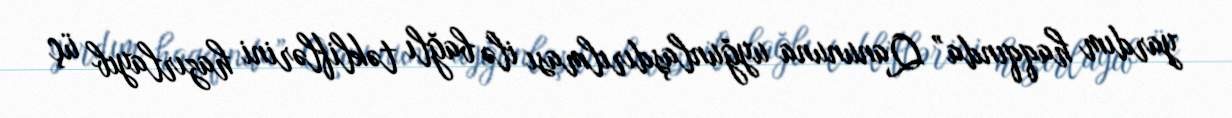
yardım haqqında” Qanununa uyğunlaşdırılması ilə bağlı təkliflərini hazırlayıb üç